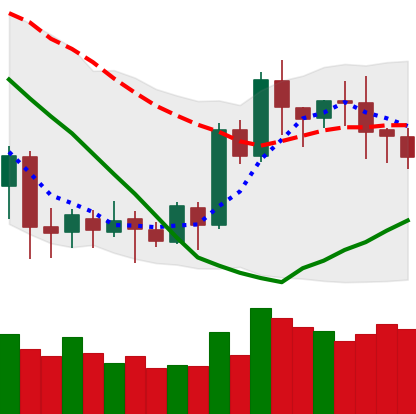
Ticker: LTC-USD
Chart end date: 2020-07-15
Forward return: -3.011%
Label: down_3_5